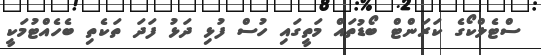
ސްޓެލްކޯގެ ކަރަންޓް ބޯޑުތައް މަތީގައި ހުސް ފުޅި ދަޅު ފަދަ ތަކެތި ބެެހެއްޓުމަކީ